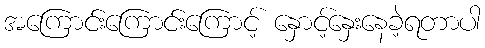
အကြောင်းကြောင်းကြောင့် နှောင့်နှေးနေခဲ့ရတာပါ